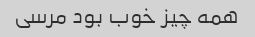
همه چیز خوب بود مرسی